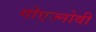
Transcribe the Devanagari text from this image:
गोएज्नोवी